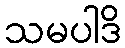
သမပါဒိ